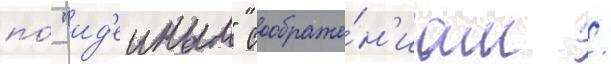
по́ "ид'еиным" соображе́н'иам /